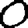
Digit: 0